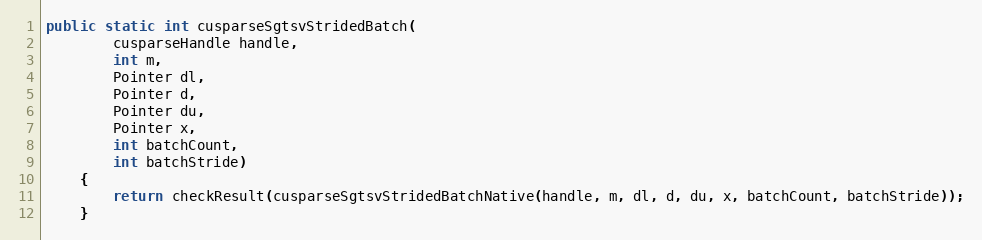
Language: Java
public static int cusparseSgtsvStridedBatch(
        cusparseHandle handle,
        int m,
        Pointer dl,
        Pointer d,
        Pointer du,
        Pointer x,
        int batchCount,
        int batchStride)
    {
        return checkResult(cusparseSgtsvStridedBatchNative(handle, m, dl, d, du, x, batchCount, batchStride));
    }